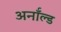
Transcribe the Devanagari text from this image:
अर्नॉल्ड